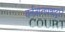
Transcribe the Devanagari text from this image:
वर्तमानपत्राद्वारे